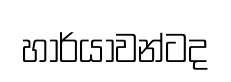
හාර්යාවන්ටද